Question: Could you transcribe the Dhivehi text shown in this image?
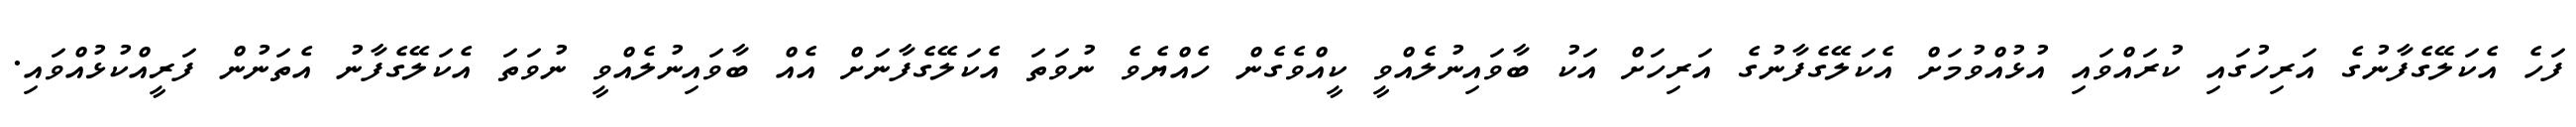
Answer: ފަހެ އެކަލޭގެފާނުގެ އަރިހުގައި ކުރައްވައި އުޅުއްވުމަށް އެކަލޭގެފާނުގެ އަރިހަށް އަކު ބާވައިނުލެއްވީ ކީއްވެގެން ހެއްޔެވެ ނުވަތަ އެކަލޭގެފާނަށް އެއް ބާވައިނުލެއްވީ ނުވަތަ އެކަލޭގެފާނު އެތަނުން ފަރީއްކުޅުއްވައި.